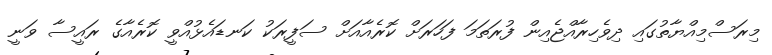
މިރަސްމިއްޔާތުގައި ދިވެހިރާއްޖެއިން ފުރަތަމަ ފަހަރަށް ކޮރެއާއަށް ސަފީރަކު ކަނޑައެޅުއްވީ ކޮރެއާގެ ރައީސާ ވަނީ